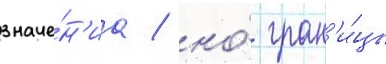
значе́н'иа / но́ гран'и́цы